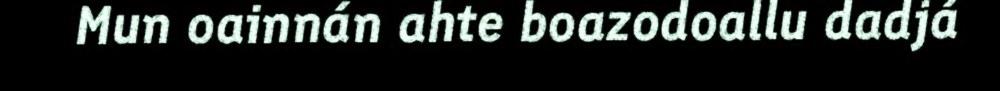
Mun oainnán ahte boazodoallu dadjá